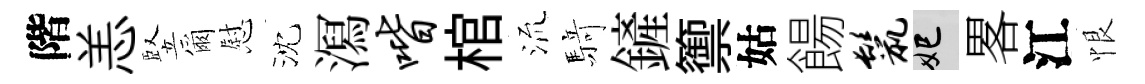
階恙竪爾慰沈㵼喈棺𣴑𮪍鏟籞姑餳鬣妃畧江恨